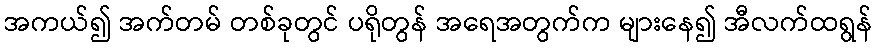
အကယ်၍ အက်တမ် တစ်ခုတွင် ပရိုတွန် အရေအတွက်က များနေ၍ အီလက်ထရွန်